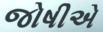
જોષીએ